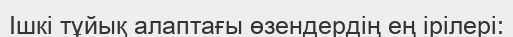
Ішкі тұйық алаптағы өзендердің ең ірілері: